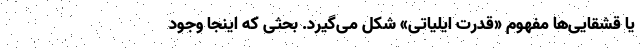
یا قشقایی‌ها مفهوم «قدرت ایلیاتی» شکل می‌گیرد. بحثی که اینجا وجود